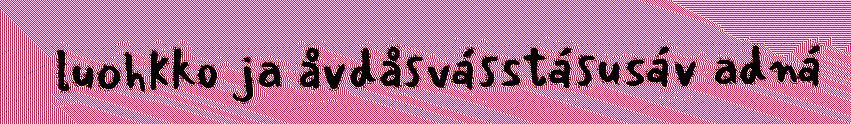
luohkko ja åvdåsvásstásusáv adná